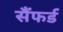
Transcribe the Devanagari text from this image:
सैंफर्ड